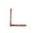
L